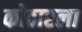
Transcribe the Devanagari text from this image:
कोठारला